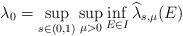
LaTeX: \begin{align*} \lambda_0=\sup_{s\in (0,1)}\sup_{\mu>0}\inf_{E\in I}\widehat{\lambda}_{s,\mu}(E)\end{align*}